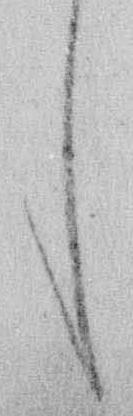
し